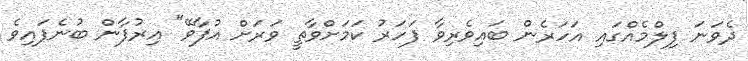
ދެވަނަ ފިލްމެއްގައި އަހަރެން ބައިވެރިވާ ފަހަރު ކަމަށްވާތީ ވަރަށް އުފާވޭ" އިރުފާން ބުނެފައިވެ